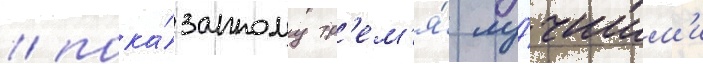
/ пока́занному тр'ем'я́ лу́чшим'и